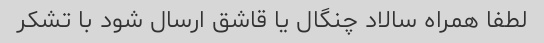
لطفا همراه سالاد چنگال یا قاشق ارسال شود با تشکر